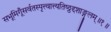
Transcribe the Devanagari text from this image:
सभूमिगूँसर्वतस्पृत्त्वात्त्यतिष्ठ्ठद्दशाङ्गुलम्॥१॥